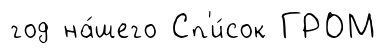
год на́шего Сп'и́сок ГРОМ